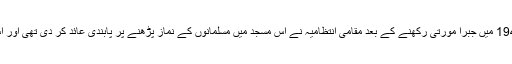
بابری مسجد میں 1949 میں جبرا مورتی رکھنے کے بعد مقامی انتظامیہ نے اس مسجد میں مسلمانوں کے نماز پڑھنے پر پابندی عائد کر دی تھی اور اس پر تالہ لگا دیا تھا۔